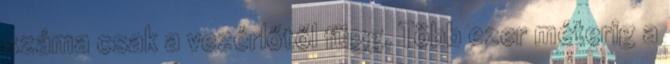
száma csak a vezérlőtől függ. Több ezer méterig a